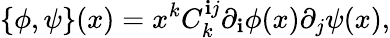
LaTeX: \{ \phi,\psi\} (x)=x^{k}C_{k}^{\mathbf{i}j}\partial_{\mathbf{i}}\phi(x)\partial_{j}\psi(x),